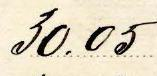
30.05